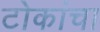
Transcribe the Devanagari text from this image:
टोकांचा